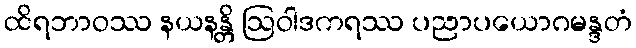
ထိရဘာဝဿ နယနန္တိ ဩဝါဒကရဿ ပညာပယောဂမန္ဒတံ